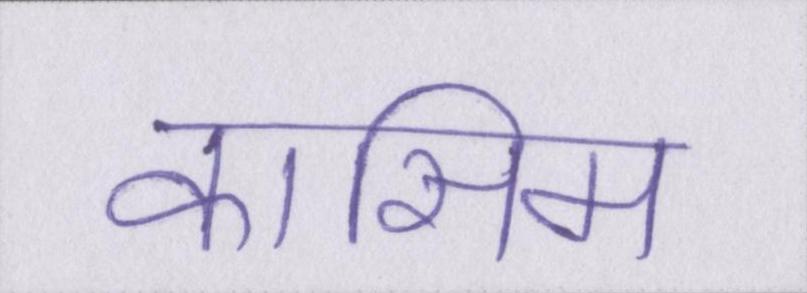
कासिम